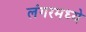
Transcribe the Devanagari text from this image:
लंगरमध्ये